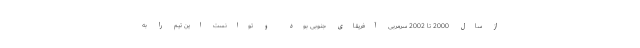
از سال 2000 تا 2002 سرمربی آفریقای جنوبی بود و توانست این تیم را به